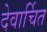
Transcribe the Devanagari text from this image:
देवार्चित